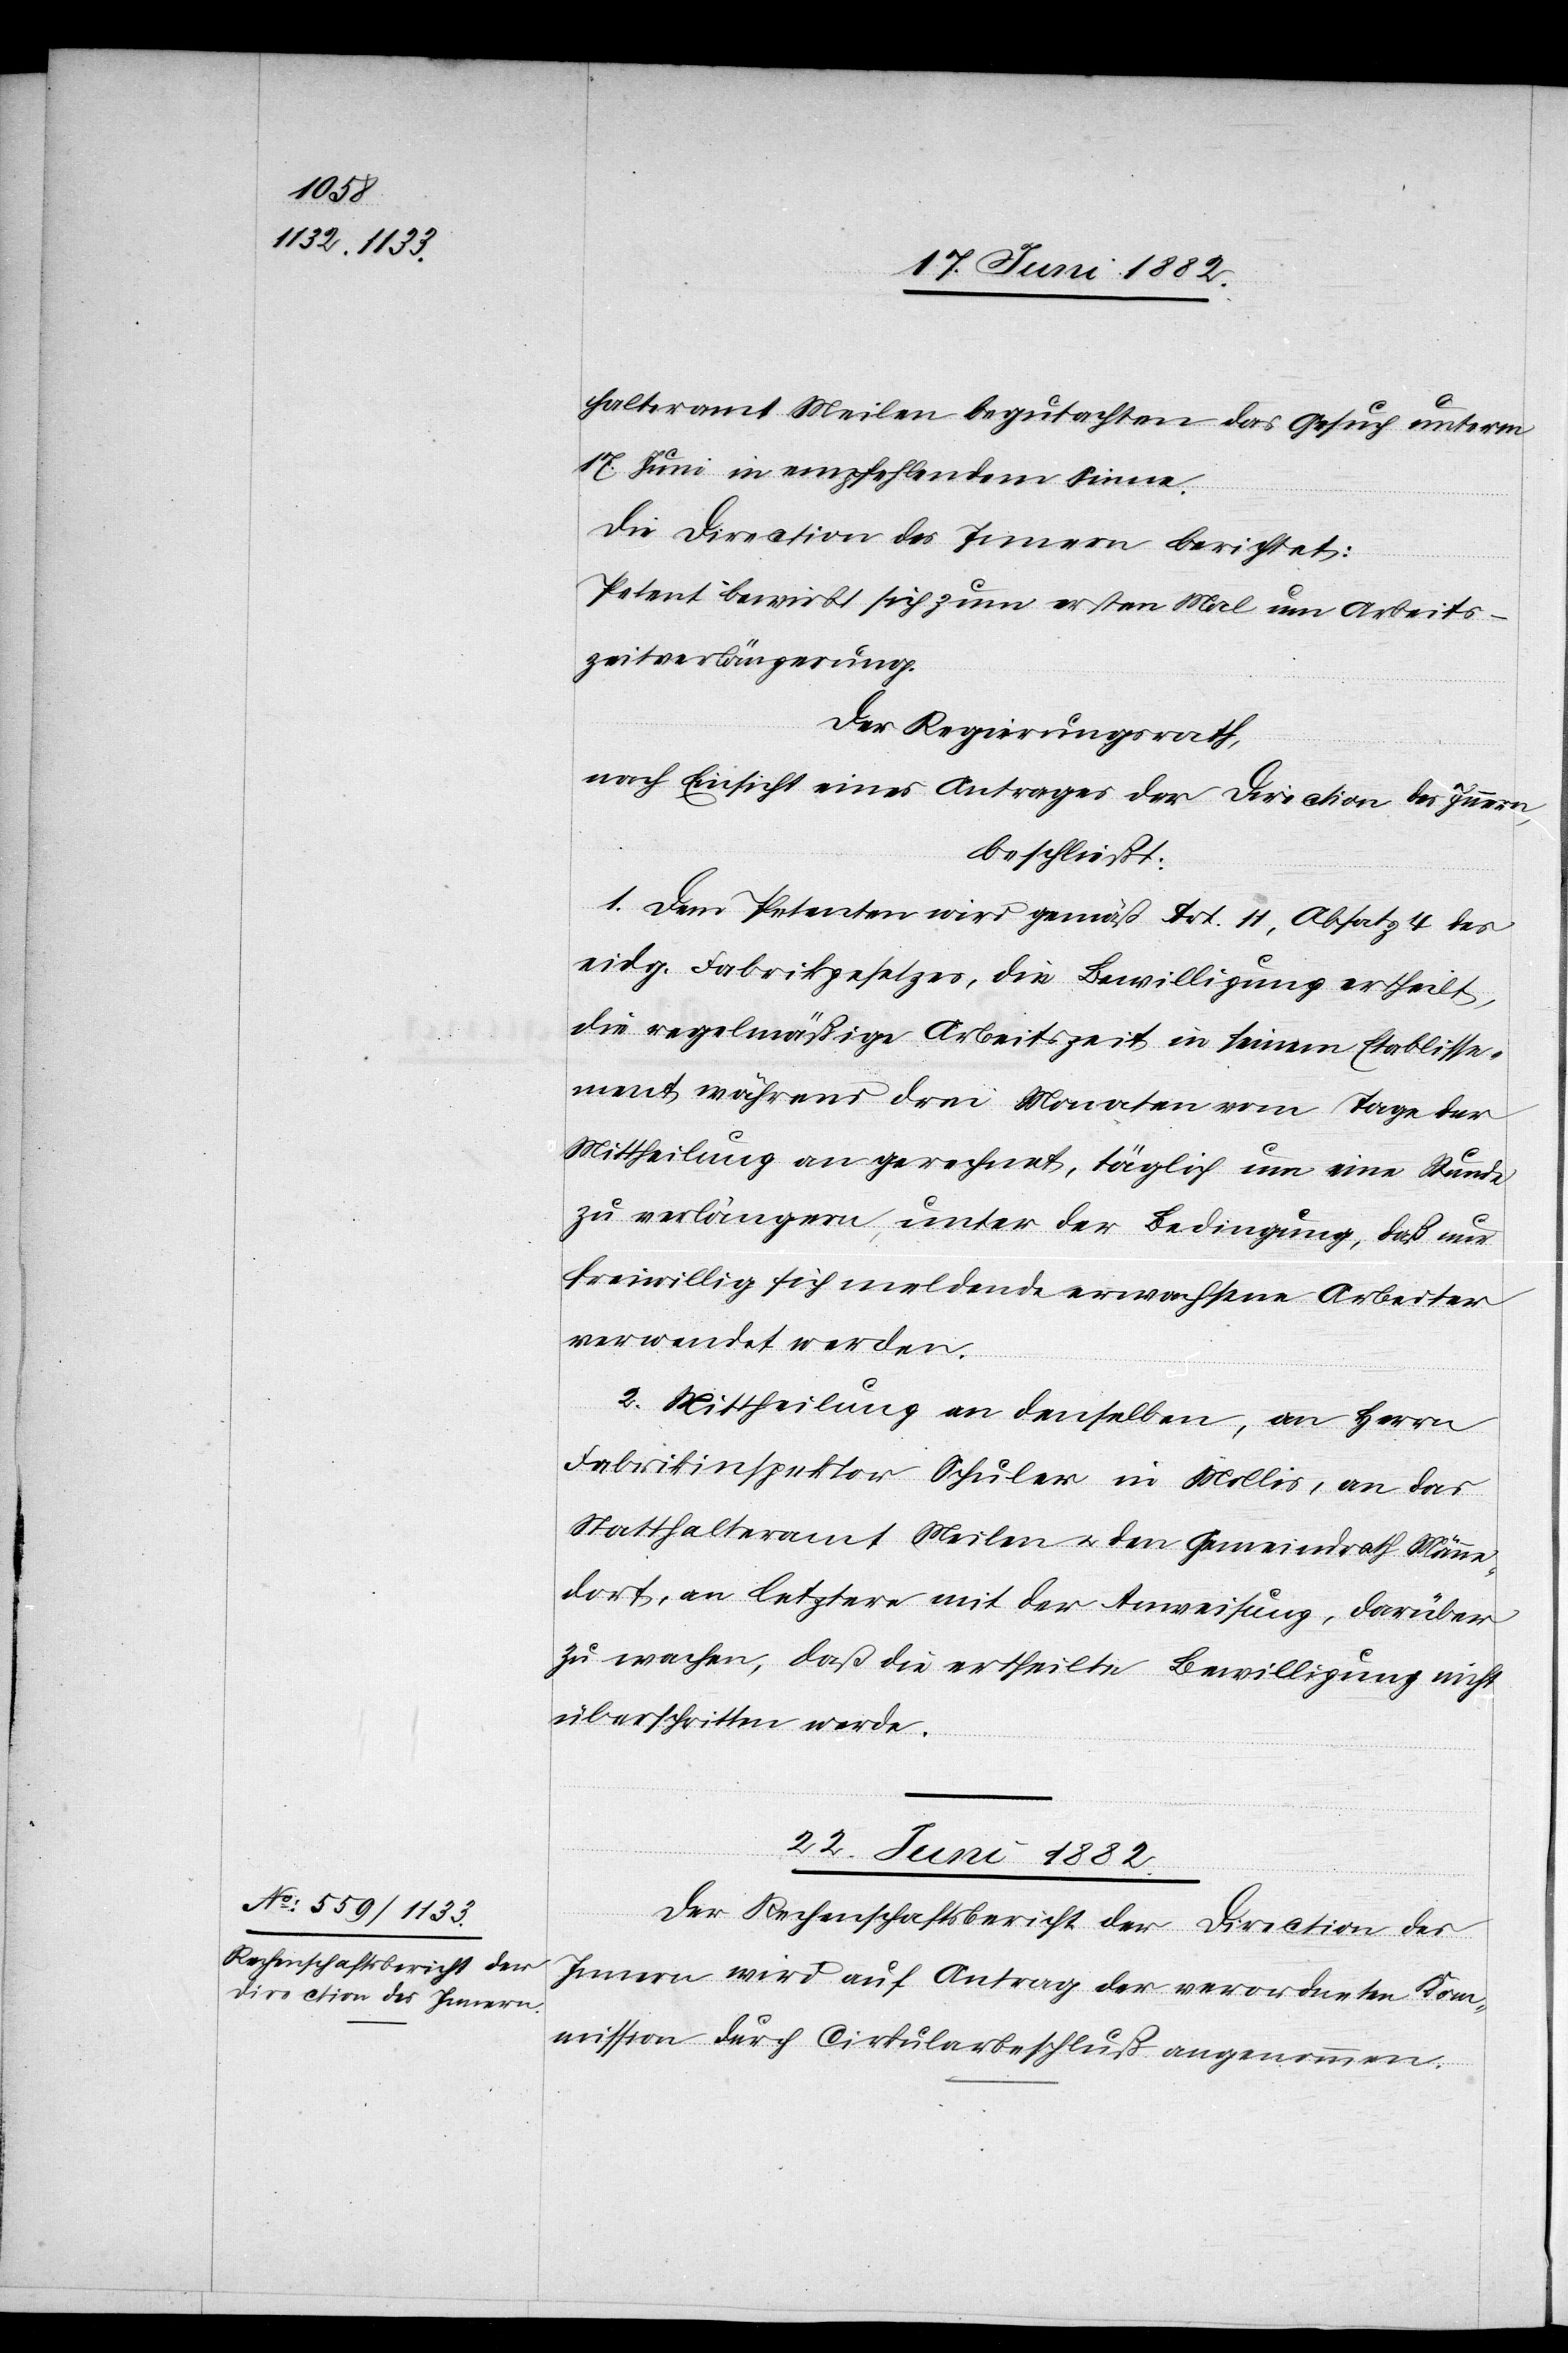
halteramt Meilen begutachten das Gesuch unterm
17. Juni in empfehlendem Sinne.
Die Direction des Innern berichtet:
Petent bewirbt sich zum ersten Mal um Arbeits¬
zeitverlängerung.
Der Regierungsrath,
nach Einsicht eines Antrages der Direction des Innern,
beschließt:
1. Dem Petenten wird gemäß Art. 11, Absatz 4 des
eidg. Fabrikgesetzes, die Bewilligung ertheilt,
die regelmäßige Arbeitszeit in seinem Etablisse¬
ment während drei Monaten vom Tage der
Mittheilung an gerechnet, täglich um eine Stunde
zu verlängern, unter der Bedingung, daß nur
freiwillig sich meldende erwachsene Arbeiter
verwendet werden.
2. Mittheilung an denselben, an Herrn
Fabrikinspektor Schuler in Mollis, an das
Statthalteramt Meilen u. den Gemeindrath Männe¬
dorf, an letztere mit der Anweisung, darüber
zu wachen, daß die ertheilte Bewilligung nicht
überschritten werde.
22. Juni 1882.
Der Rechenschaftsbericht der Direction des
Innern wird auf Antrag der verordneten Kom¬
mission durch Circularbeschluß angenommen.